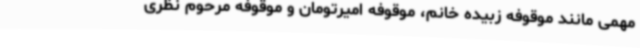
مهمی مانند موقوفه زبیده خانم، موقوفه امیرتومان و موقوفه مرحوم نظری